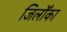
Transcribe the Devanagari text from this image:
जिलोँका